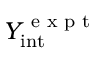
Y _ { \mathrm { i n t } } ^ { \textrm { e x p t } }